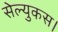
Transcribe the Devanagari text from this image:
सेल्युकस।